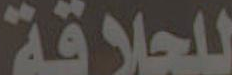
للحلاقة